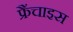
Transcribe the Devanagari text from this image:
फ्रैंचाइस